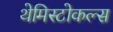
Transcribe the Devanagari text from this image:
थेमिस्टोकल्स